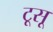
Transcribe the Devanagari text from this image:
टूसू